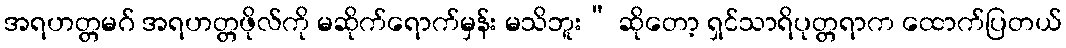
အရဟတ္တမဂ် အရဟတ္တဖိုလ်ကို မဆိုက်ရောက်မှန်း မသိဘူး” ဆိုတော့ ရှင်သာရိပုတ္တရာက ထောက်ပြတယ်